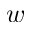
w